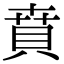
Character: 賁